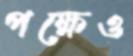
পক্ষেও